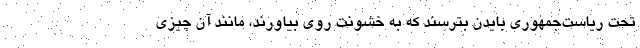
تحت ریاست‌جمهوری بایدن بترسند که به خشونت روی بیاورند، مانند آن چیزی